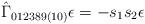
LaTeX: \begin{align*}\hat{\Gamma}_{012389(10)} \epsilon = -s_1s_2\epsilon\end{align*}